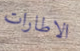
الاطارات